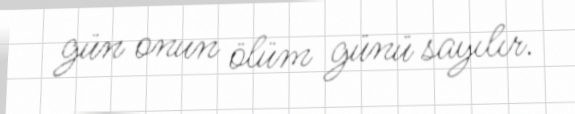
gün onun ölüm günü sayılır.